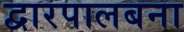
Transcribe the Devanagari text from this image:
द्वारपालबना